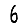
Digit: 6